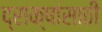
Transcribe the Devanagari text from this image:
द्राक्षांसाठी